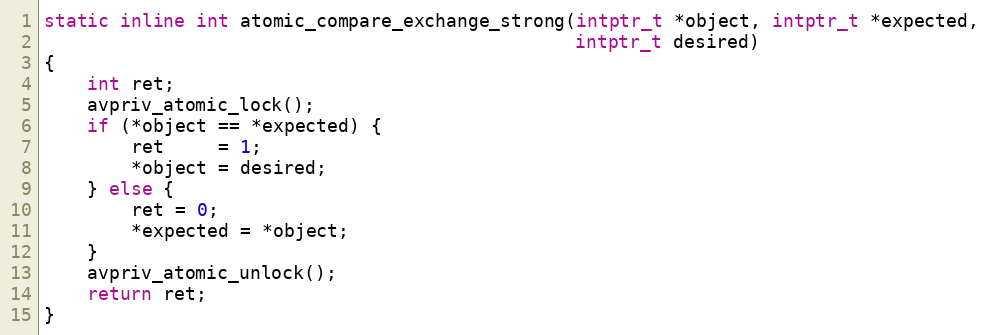
Language: C
static inline int atomic_compare_exchange_strong(intptr_t *object, intptr_t *expected,
                                                 intptr_t desired)
{
    int ret;
    avpriv_atomic_lock();
    if (*object == *expected) {
        ret     = 1;
        *object = desired;
    } else {
        ret = 0;
        *expected = *object;
    }
    avpriv_atomic_unlock();
    return ret;
}